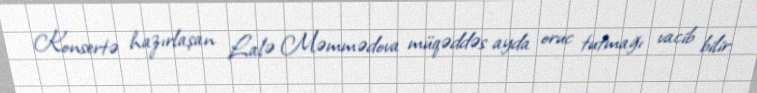
Konsertə hazırlaşan Lalə Məmmədova müqəddəs ayda oruc tutmağı vacib bilir: